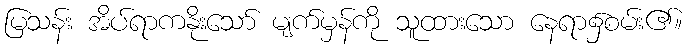
မြသန်း အိပ်ရာကနိုးသော် မျက်မှန်ကို သူထားသော နေရာ၌စမ်း၏။